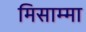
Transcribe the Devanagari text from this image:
मिसाम्मा